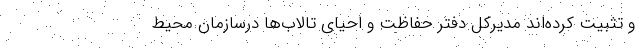
و تثبیت کرده‌اند مدیرکل دفتر حفاظت و احیای تالاب‌ها درسازمان محیط